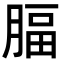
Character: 腷